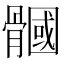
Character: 𩪐